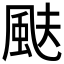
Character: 颫